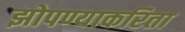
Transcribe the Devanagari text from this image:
झोपण्याकरिता